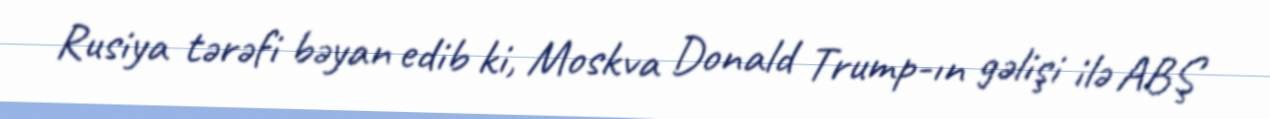
Rusiya tərəfi bəyan edib ki, Moskva Donald Trump-ın gəlişi ilə ABŞ